Vaccination in the Punjab 1905-1918 - 1905-1918
Year: 1905
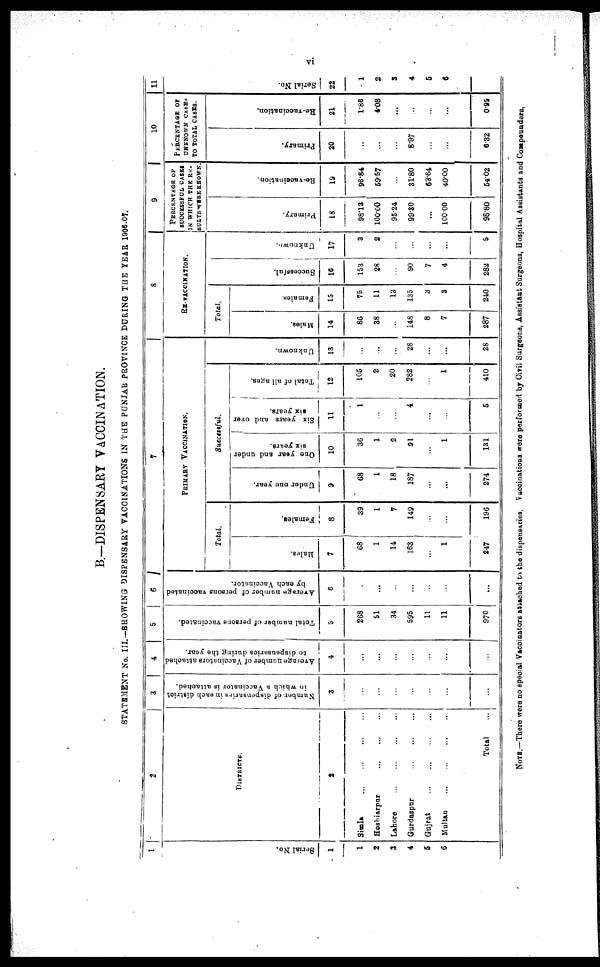
vi
B.—DISPENSARY VACCINATION.
STATEMENT No. III.—SHOWING DISPENSARY VACCINATIONS IN THE PUNJAB PROVINCE DURING THE YEAR 1906-07.
1
Serial No.
1
1
2
3
4
5
6
2
DISTRICTS.
2
Simla
...
...
...
...
Hoshiarpur ... ... ...
Lahore
...
...
...
...
Gurdaspur
...
...
...
Gujrat
...
...
...
Multan
...
...
...
...
Total ...
3
Number of dispensaries in each district
in which a Vaccinator is attached.
3
...
...
...
...
...
...
...
4
Average number of Vaccinntors attached
to dispensaries during the year.
4
...
...
...
...
...
...
...
5
Total number of persons vaccinated.
5
268
51
34
595
11
11
970
6
Average number of persons vaccinated
by each Vaccinator.
6
...
...
...
...
...
...
...
7
PRIMARY VACCINATION.
Total.
Males.
7
68
1
14
163
...
1
247
Females
8
39
1
7
149
...
...
196
Successful.
Under one year.
9
68
1
18
187
...
...
274
One year and under
six years.
10
36
1
2
91
...
1
131
Six years and over
six years.
11
1
...
...
4
...
...
5
Total of all ages.
12
105
2
20
282
...
1
410
Unknown.
13
...
...
...
28
...
...
28
8
RE-VACCINATION.
Total.
Males.
14
86
38
...
148
8
7
287
Females.
15
75
11
13
135
3
3
240
Successful.
16
153
28
...
90
7
4
282
Unknown.
17
3
2
...
...
...
...
5
9
PERCENTAGE OF
SUCCESSFUL CASES
IN WHICH THE RE-
SULTS WERE KNOWN.
Primary.
18
98.13
100.00
95.24
99.30
...
100.00
98.80
Re-vaccination.
19
96.84
59.57
...
31.80
63.64
40.00
54.02
10
PERCENTAGE OF
UNKNOWN CASES
TO TOTAL CASES.
Primary.
20
...
...
...
8.97
...
...
6.32
Re-vaccination.
21
1.86
4.08
...
...
...
...
0.95
11
Serial No.
22
1
2
3
4
5
6
NOTE.—There were no special Vaccinators attached to the dispensaries. Vaccinations were performed by Civil Surgeons, Assistant Surgeons, Hospital Assistants and Compounders.